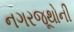
નગરજૂથોની